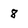
Character: 8